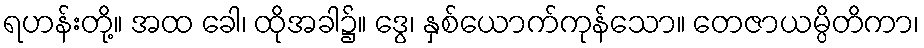
ရဟန်းတို့။ အထ ခေါ၊ ထိုအခါ၌။ ဒွေ၊ နှစ်ယောက်ကုန်သော။ တေဇာယမ္ပိတိကာ၊